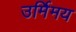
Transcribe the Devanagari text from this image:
उर्मिमय